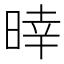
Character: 𣈑